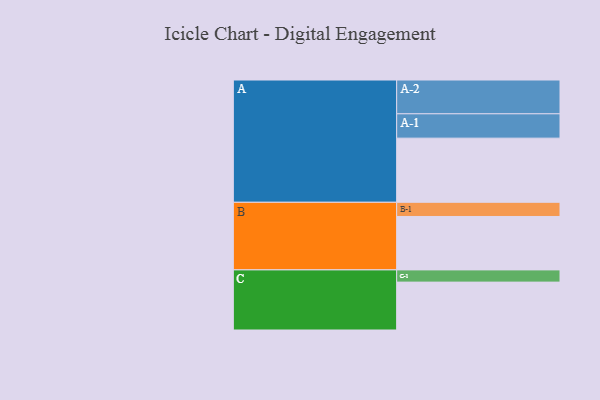
{"axis": {"x": "Segment", "y": "Value"}, "legend": ["", "A", "B", "C"], "data": [{"x": "A", "y": 556, "type": ""}, {"x": "B", "y": 463, "type": ""}, {"x": "C", "y": 415, "type": ""}, {"x": "A-1", "y": 211, "type": "A"}, {"x": "A-2", "y": 293, "type": "A"}, {"x": "B-1", "y": 123, "type": "B"}, {"x": "C-1", "y": 106, "type": "C"}]}